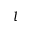
l